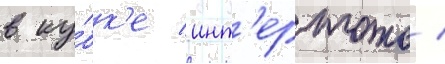
в ку́бк'е инт'ертото /